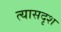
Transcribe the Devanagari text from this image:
त्यासदृश